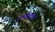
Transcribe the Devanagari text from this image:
लामसियाल